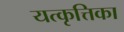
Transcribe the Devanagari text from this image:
यत्कृत्तिका